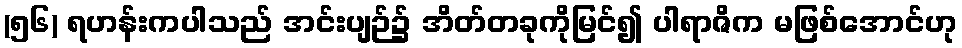
(၅၆) ရဟန်းကပါသည် အင်းပျဉ်၌ အိတ်တခုကိုမြင်၍ ပါရာဇိက မဖြစ်အောင်ဟု